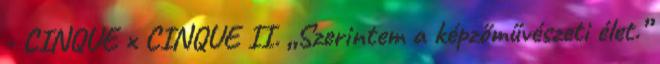
- CINQUE x CINQUE II. „Szerintem a képzőművészeti élet.”